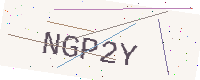
Text: NGP2Y